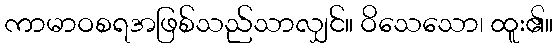
ကာမာဝစရအဖြစ်သည်သာလျှင်။ ဝိသေသော၊ ထူး၏။